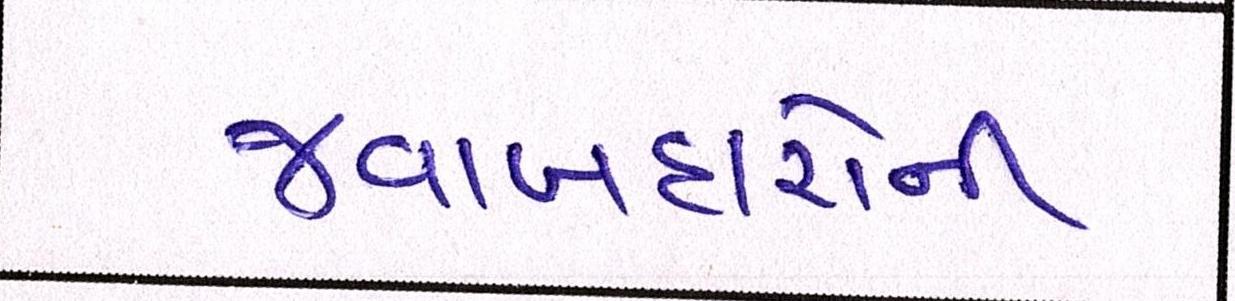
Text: જવાબદારોની